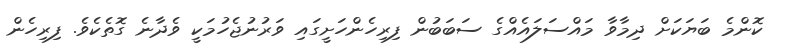
ކޮންމެ ބަޔަކަށް ދިމާވާ މައްސަލައެއްގެ ސަބަބުން ފިރިހެންހަށީގައި ވަރުނުޖެހުމަކީ ވެދާނެ ގޮތެކެވެ. ފިރިހެން